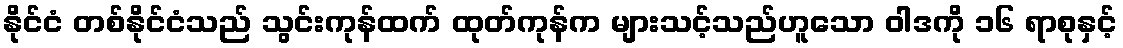
နိုင်ငံ တစ်နိုင်ငံသည် သွင်းကုန်ထက် ထုတ်ကုန်က များသင့်သည်ဟူသော ဝါဒကို ၁၆ ရာစုနှင့်